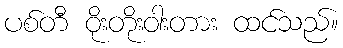
ပစ်တီ ဝိုးတိုးဝါးတား ထင်သည်။